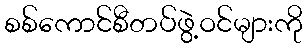
စစ်ကောင်စီတပ်ဖွဲ့ဝင်များကို